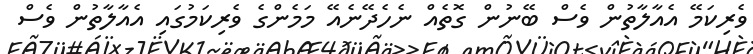
ވެރިކަމޭ އެއާލާތުން ވެސް ބޭނުން ގޮތެއް ނެހެދޭނެއޭ މަމެންގެ ވެރިކަމުގައި އެއާލާތުން ވެސް